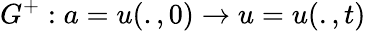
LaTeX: G^{+}:a=u(.,0)\rightarrow u=u(.,t)